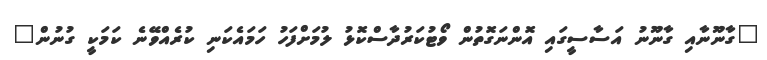
"ގާނޫނާއި ގާނޫނު އަސާސީގައި އޮންނަގޮތުން ވޯޓުކަރުދާސްކޮޅު ލުމަށްފަހު ހަމައެކަނި ކުރެއްވޭނެ ކަމަކީ ގުނުން"